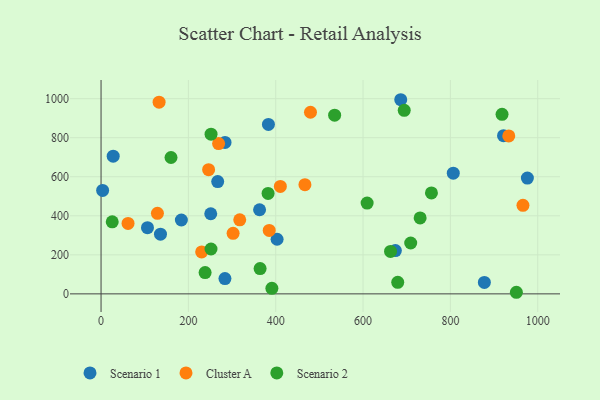
{"axis": {"x": "Distance", "y": "Yield"}, "legend": ["Cluster A", "Scenario 1", "Scenario 2"], "data": [{"x": "686.3", "y": 994.6, "type": "Scenario 1"}, {"x": "383.3", "y": 867.9, "type": "Scenario 1"}, {"x": "363.0", "y": 430.9, "type": "Scenario 1"}, {"x": "183.9", "y": 378.5, "type": "Scenario 1"}, {"x": "674.0", "y": 221.6, "type": "Scenario 1"}, {"x": "921.7", "y": 810.2, "type": "Scenario 1"}, {"x": "283.9", "y": 775.6, "type": "Scenario 1"}, {"x": "877.8", "y": 58.7, "type": "Scenario 1"}, {"x": "267.1", "y": 575.1, "type": "Scenario 1"}, {"x": "283.7", "y": 78.4, "type": "Scenario 1"}, {"x": "403.1", "y": 279.8, "type": "Scenario 1"}, {"x": "806.6", "y": 618.4, "type": "Scenario 1"}, {"x": "136.1", "y": 305.9, "type": "Scenario 1"}, {"x": "3.6", "y": 529.8, "type": "Scenario 1"}, {"x": "251.2", "y": 410.3, "type": "Scenario 1"}, {"x": "27.8", "y": 705.4, "type": "Scenario 1"}, {"x": "976.3", "y": 593.3, "type": "Scenario 1"}, {"x": "106.3", "y": 339.1, "type": "Scenario 1"}, {"x": "246.3", "y": 636.3, "type": "Cluster A"}, {"x": "966.2", "y": 453.6, "type": "Cluster A"}, {"x": "302.4", "y": 310.0, "type": "Cluster A"}, {"x": "269.2", "y": 770.1, "type": "Cluster A"}, {"x": "129.1", "y": 412.8, "type": "Cluster A"}, {"x": "466.9", "y": 559.5, "type": "Cluster A"}, {"x": "61.8", "y": 361.0, "type": "Cluster A"}, {"x": "410.6", "y": 550.6, "type": "Cluster A"}, {"x": "317.6", "y": 379.4, "type": "Cluster A"}, {"x": "230.4", "y": 215.0, "type": "Cluster A"}, {"x": "132.9", "y": 982.3, "type": "Cluster A"}, {"x": "385.1", "y": 324.9, "type": "Cluster A"}, {"x": "933.7", "y": 808.9, "type": "Cluster A"}, {"x": "479.6", "y": 930.4, "type": "Cluster A"}, {"x": "391.2", "y": 28.3, "type": "Scenario 2"}, {"x": "730.7", "y": 389.1, "type": "Scenario 2"}, {"x": "709.1", "y": 260.5, "type": "Scenario 2"}, {"x": "238.3", "y": 109.0, "type": "Scenario 2"}, {"x": "694.3", "y": 940.3, "type": "Scenario 2"}, {"x": "951.1", "y": 8.1, "type": "Scenario 2"}, {"x": "679.4", "y": 59.3, "type": "Scenario 2"}, {"x": "251.8", "y": 229.7, "type": "Scenario 2"}, {"x": "662.9", "y": 217.6, "type": "Scenario 2"}, {"x": "160.2", "y": 698.6, "type": "Scenario 2"}, {"x": "251.9", "y": 818.1, "type": "Scenario 2"}, {"x": "609.3", "y": 465.0, "type": "Scenario 2"}, {"x": "25.6", "y": 368.9, "type": "Scenario 2"}, {"x": "756.6", "y": 517.0, "type": "Scenario 2"}, {"x": "534.9", "y": 915.4, "type": "Scenario 2"}, {"x": "918.3", "y": 919.6, "type": "Scenario 2"}, {"x": "364.2", "y": 129.3, "type": "Scenario 2"}, {"x": "382.5", "y": 514.5, "type": "Scenario 2"}]}